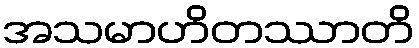
အသမာဟိတဿာတိ